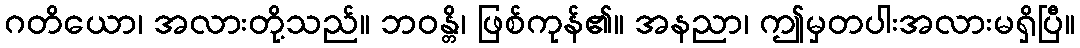
ဂတိယော၊ အလားတို့သည်။ ဘဝန္တိ၊ ဖြစ်ကုန်၏။ အနညာ၊ ဤမှတပါးအလားမရှိပြီ။